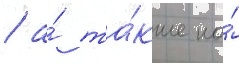
/ а́ та́кже на́